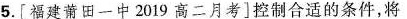
5.[福建莆田一中2019高二月考]控制合适的条件，将